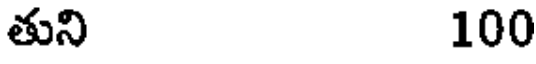
తుని 100